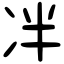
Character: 冸